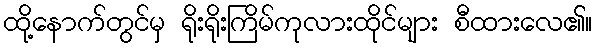
ထို့နောက်တွင်မှ ရိုးရိုးကြိမ်ကုလားထိုင်များ စီထားလေ၏။